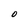
Character: O